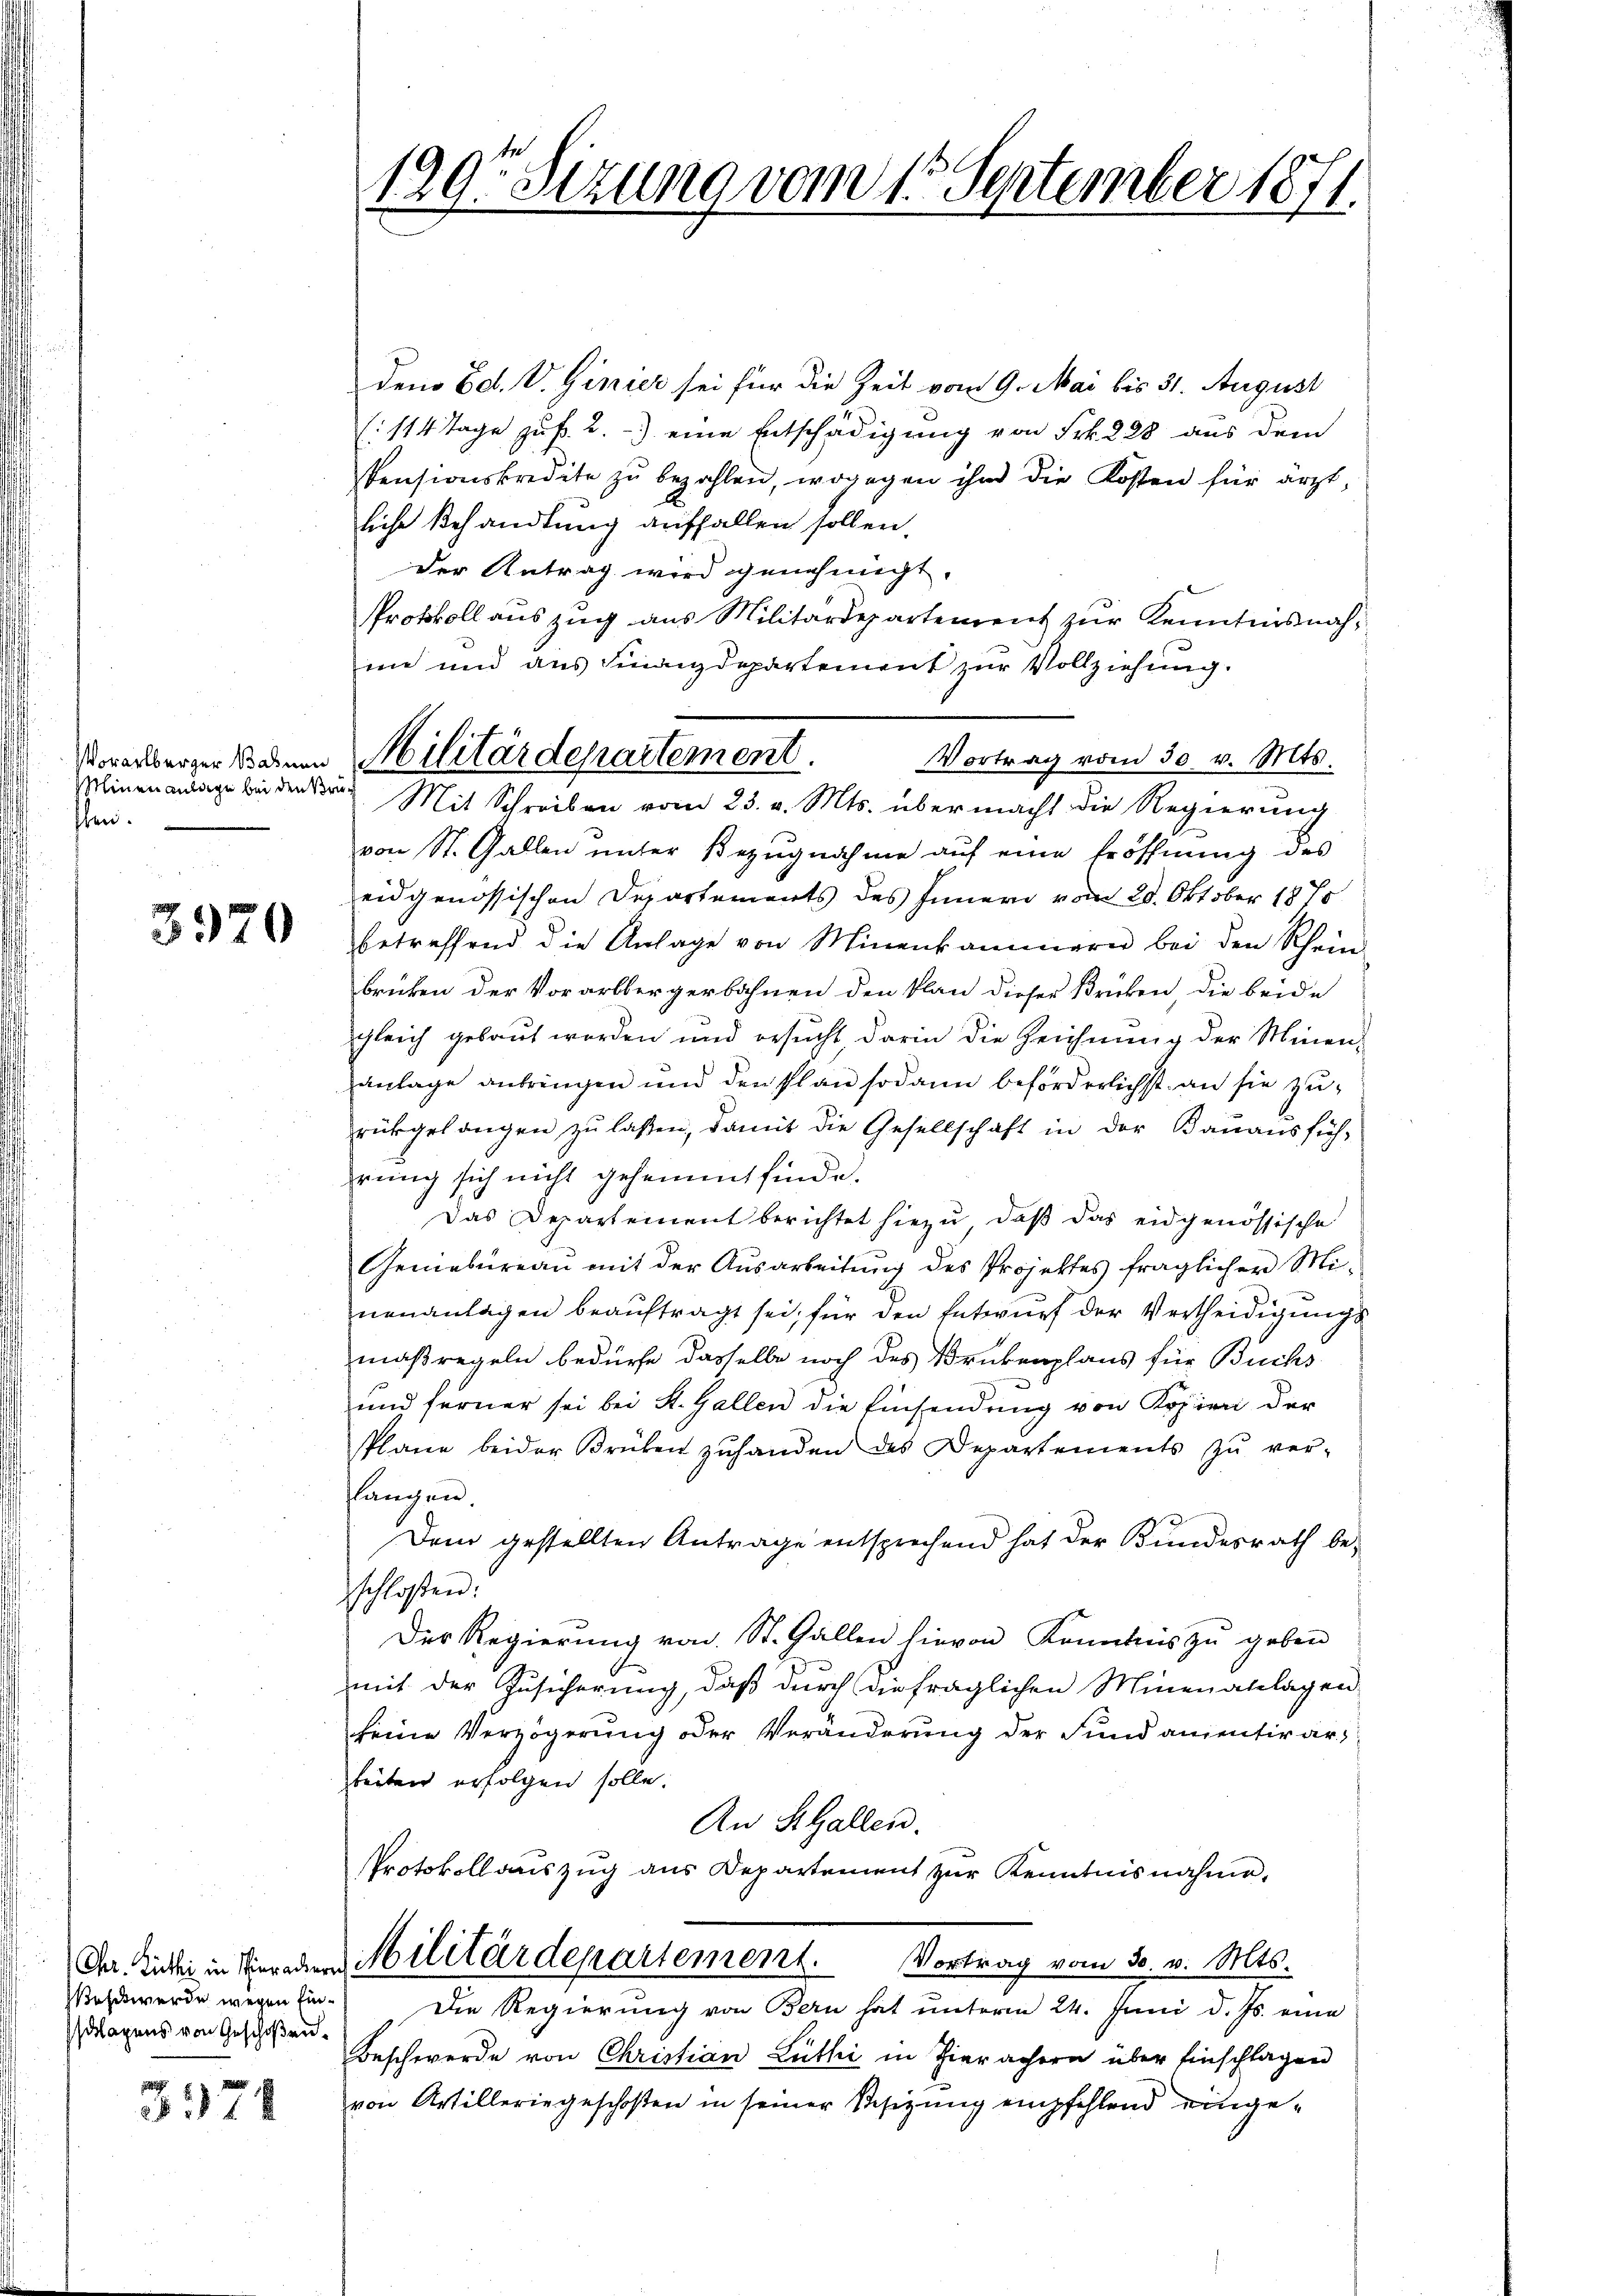
Vorarlberger Bahnen
Minen anlage bei den Ver
ften.

3920

Chr. Zuthi in Tierader
Beschwerde wegen finslagens von Geschoßen¬

3971

129r Sitzung vom 15. September 1871.

den Ed. V. Genier sei für die Zeit vom 9. Mai bis 31. August
(114 Tage zu f. 2.) eine Entschädigung von Frk. 228 aus dem
Pensionskredite zŭ bezahlen, wogegen ihm die Kosten für arzt,
liche Behandlung auffallen sollen,
der Antrag wird genehmigt.
Protokoll auszug aus Militärdepartement zur Kenntnisnahin und aus Finanzdepartement zur Vollziehung.
Vortrag vom 30 v. Mts.
von St. Gallen unter Bezugnahme aŭf eine Eröffnŭng des
eidgenössischen Departements des Innern vom 20. Oktober 1875
betreffend die Anlage von Minenkammern bei den Rhein
brücken der Vorarlbergerbahnen den Plan dieser Brücken die beide
gleich gebaut worden und ersucht, darin die Zeichnung der Minen-
anlage anbringen und den Plan sodann beförderlichst an sie zurükgelangen zu laßen, damit die Gesellschaft in der Banausfüh-
rung sich nicht gehemmt finde.
Das Departement berichtet hiezu, daß das eidgenössische
Gemebureau mit der Ausarbeitung des Projektes fraglicher Mineuanlagen beauftragt sei, für den Entwurf der Vertheidigungs
maßregeln bedürfe dasselbe noch des Brükenplans für Buchs
und ferner sei bei St. Gallen die Einsendung von Kopien der
Plane beider Brüken zŭ handen des Departements zŭ ver-
langen
Dem gestellten Antrage entsprechend hat der Bundesrath beschloßen:
Der Regierung von St. Gallen hievon Kenntnis zŭ geben
mit der Zusicherung, daß durch diefraglichen Minenanlagen
keine Verzögerung oder Veränderung der Fund ansentir arbeiten erfolgen solle.
An St. Gallen.
Protokollsauszug aus Departement zur Kenntnisnahme.
Militärdepartement.
Vortrag vom 30. v. Mts.
Die Regierung von Bern hat unterm 24. Juni d. Js. eine
Beschwerde von Christian Lüthi in Hierachern über Einschlagen
von Artilleringeschoßen in seiner Besizung empfehlend einge¬

Militärdepartement.
22. Mit Schreiben vom 23. v. Mts. über macht die Regierung